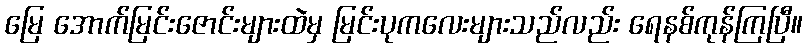
မြေ အောက်မြင်းဇောင်းများထဲမှ မြင်းပုကလေးများသည်လည်း ရေနစ်ကုန်ကြပြီ။